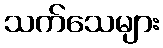
သက်သေများ